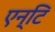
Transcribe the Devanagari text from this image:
एन्टि